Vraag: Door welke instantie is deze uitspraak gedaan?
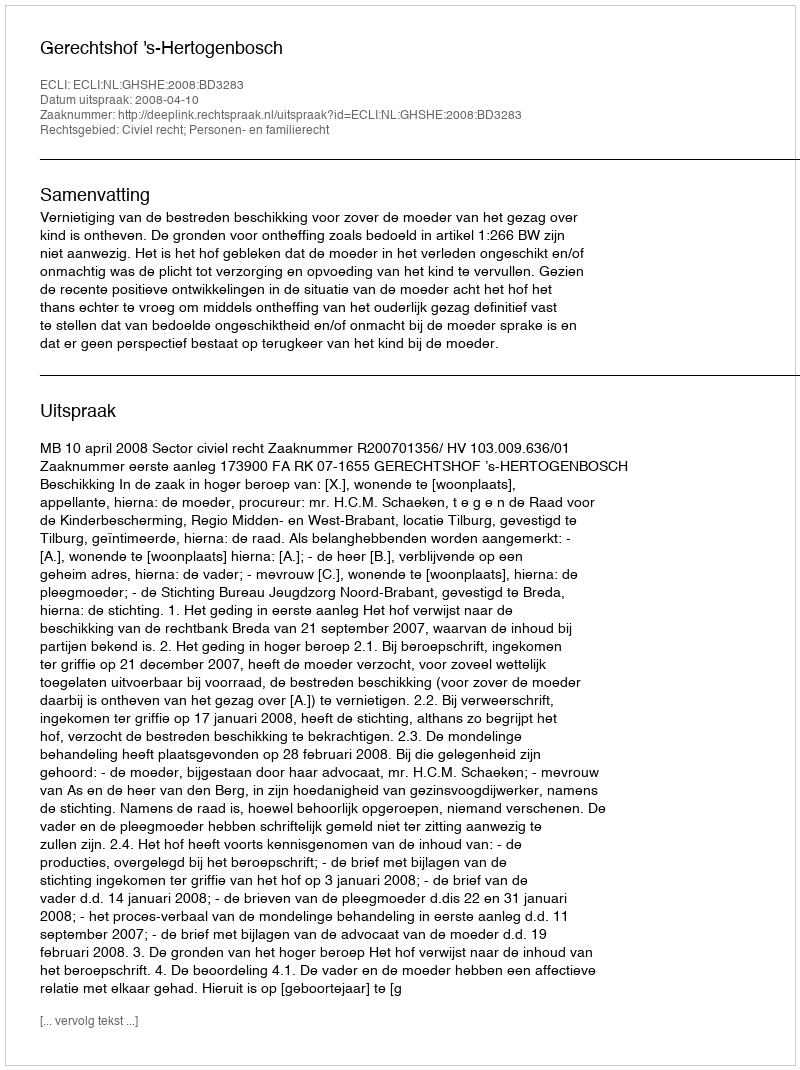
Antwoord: Gerechtshof 's-Hertogenbosch